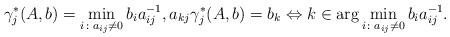
LaTeX: \begin{align*}\gamma_j^*(A,b)&=\min_{i\colon a_{ij}\neq 0} b_i a_{ij}^{-1},a_{kj} \gamma_j^*(A,b)= b_k\Leftrightarrow k\in\arg\min_{i\colon a_{ij}\neq 0} b_i a_{ij}^{-1}.\end{align*}